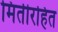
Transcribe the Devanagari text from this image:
मितीरहित